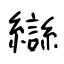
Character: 䜌